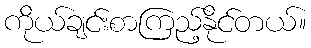
ကိုယ်ချင်းစာကြည့်နိုင်တယ်။